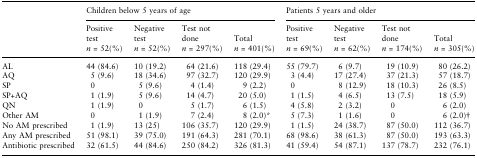
<table><thead><tr><td></td><td colspan="4"><b>Children below 5 years of age</b></td><td colspan="4"><b>Patients 5 years and older</b></td></tr><tr><td></td><td><b>Positive test <i>n</i> = 52(%)</b></td><td><b>Negative test <i>n</i> = 52(%)</b></td><td><b>Test not done <i>n</i> = 297(%)</b></td><td><b>Total <i>n</i> = 401(%)</b></td><td><b>Positive test <i>n</i> = 69(%)</b></td><td><b>Negative test <i>n</i> = 62(%)</b></td><td><b>Test not done <i>n</i> = 174(%)</b></td><td><b>Total <i>n</i> = 305(%)</b></td></tr></thead><tbody><tr><td>AL</td><td>44 (84.6)</td><td>10 (19.2)</td><td>64 (21.6)</td><td>118 (29.4)</td><td>55 (79.7)</td><td>6 (9.7)</td><td>19 (10.9)</td><td>80 (26.2)</td></tr><tr><td>AQ</td><td>5 (9.6)</td><td>18 (34.6)</td><td>97 (32.7)</td><td>120 (29.9)</td><td>3 (4.4)</td><td>17 (27.4)</td><td>37 (21.3)</td><td>57 (18.7)</td></tr><tr><td>SP</td><td>0</td><td>5 (9.6)</td><td>4 (1.4)</td><td>9 (2.2)</td><td>0</td><td>8 (12.9)</td><td>18 (10.3)</td><td>26 (8.5)</td></tr><tr><td>SP+AQ</td><td>1 (1.9)</td><td>5 (9.6)</td><td>14 (4.7)</td><td>20 (5.0)</td><td>1 (1.5)</td><td>4 (6.5)</td><td>13 (7.5)</td><td>18 (5.9)</td></tr><tr><td>QN</td><td>1 (1.9)</td><td>0</td><td>5 (1.7)</td><td>6 (1.5)</td><td>4 (5.8)</td><td>2 (3.2)</td><td>0</td><td>6 (2.0)</td></tr><tr><td>Other AM</td><td>0</td><td>1 (1.9)</td><td>7 (2.4)</td><td>8 (2.0)*</td><td>5 (7.3)</td><td>1 (1.6)</td><td>0</td><td>6 (2.0)†</td></tr><tr><td>No AM prescribed</td><td>1 (1.9)</td><td>13 (25)</td><td>106 (35.7)</td><td>120 (29.9)</td><td>1 (1.5)</td><td>24 (38.7)</td><td>87 (50.0)</td><td>112 (36.7)</td></tr><tr><td>Any AM prescribed</td><td>51 (98.1)</td><td>39 (75.0)</td><td>191 (64.3)</td><td>281 (70.1)</td><td>68 (98.6)</td><td>38 (61.3)</td><td>87 (50.0)</td><td>193 (63.3)</td></tr><tr><td>Antibiotic prescribed</td><td>32 (61.5)</td><td>44 (84.6)</td><td>250 (84.2)</td><td>326 (81.3)</td><td>41 (59.4)</td><td>54 (87.1)</td><td>137 (78.7)</td><td>232 (76.1)</td></tr></tbody></table>